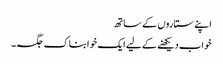
اپنے ستاروں کے ساتھ
خواب دیکھنے کے لیے ایک خوابناک جگہ۔